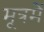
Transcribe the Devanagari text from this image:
मूत्रमें